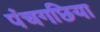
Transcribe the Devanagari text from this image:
पंचगछिया